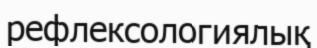
рефлексологиялық